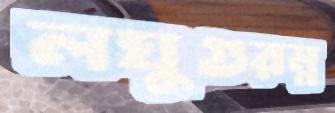
লঘুগুরম্ন